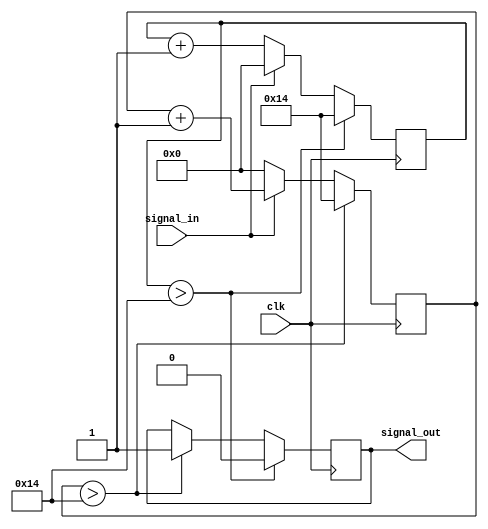
module digital_fltr	(

						input clk,
						input signal_in,
											output reg signal_out
																	);

parameter [7:0] clk_cnt = 20;

      reg [7:0] cnt_pos = 8'h00;
      reg [7:0] cnt_neg = 8'h00;

initial begin
	signal_out <= 1'b0;
end

always @(posedge clk) begin
	if(signal_in) begin
		cnt_neg <= 8'h00;
		cnt_pos <= cnt_pos + 8'h01;
	end
	else begin
		cnt_neg <= cnt_neg + 8'h01;
		cnt_pos <= 8'h00;
	end

	if(cnt_pos > clk_cnt) begin
		signal_out <= 1'b1;
		cnt_pos <= clk_cnt;
	end
	else begin end

	if(cnt_neg > clk_cnt) begin
		signal_out <= 1'b0;
		cnt_neg <= clk_cnt;
	end
	else begin end

end
endmodule